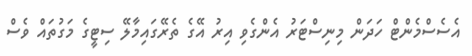
އެސެސްމެންޓް ހަދަން މިނިސްޓަރު އެންގެވި އިރު އޭގެ ތެރޭގައިމާލޭ ސިޓީގެ މަގުތައް ވެސް